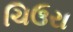
ચિઉરા